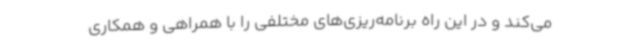
می‌کند و در این راه برنامه‌ریزی‌های مختلفی را با همراهی و همکاری